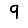
Digit: 9